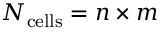
N _ { \mathrm { c e l l s } } = n \times m